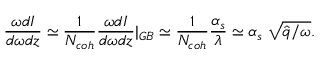
\frac { \omega d I } { d \omega d z } \simeq \frac { 1 } { N _ { c o h } } \frac { \omega d I } { d \omega d z } \vert _ { G B } \simeq \frac { 1 } { N _ { c o h } } \frac { \alpha _ { s } } { \lambda } \simeq \alpha _ { s } ~ \sqrt { \hat { q } / \omega } .